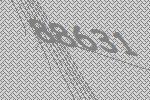
88631